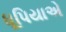
ધૂપિયાએ